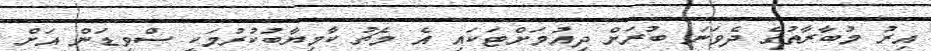
އިރު މުބާރާތުގެ ދެވަނަ ބުރަށް ދިއުމަށްޓަކައި އެ މެޗު ކާމިޔާބުކުރުމަކީ ސްވިޑަން އަށް